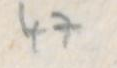
47